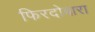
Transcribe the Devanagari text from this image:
फिरदोबारा